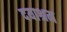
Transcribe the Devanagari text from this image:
दयाश्रम